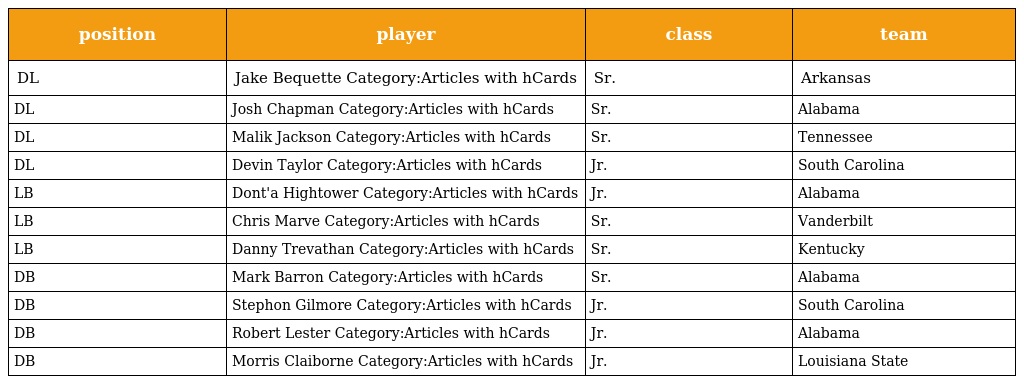
| position | player | class | team |
 | --- | --- | --- | --- |
 | DL | Jake Bequette Category:Articles with hCards | Sr. | Arkansas |
 | DL | Josh Chapman Category:Articles with hCards | Sr. | Alabama |
 | DL | Malik Jackson Category:Articles with hCards | Sr. | Tennessee |
 | DL | Devin Taylor Category:Articles with hCards | Jr. | South Carolina |
 | LB | Dont'a Hightower Category:Articles with hCards | Jr. | Alabama |
 | LB | Chris Marve Category:Articles with hCards | Sr. | Vanderbilt |
 | LB | Danny Trevathan Category:Articles with hCards | Sr. | Kentucky |
 | DB | Mark Barron Category:Articles with hCards | Sr. | Alabama |
 | DB | Stephon Gilmore Category:Articles with hCards | Jr. | South Carolina |
 | DB | Robert Lester Category:Articles with hCards | Jr. | Alabama |
 | DB | Morris Claiborne Category:Articles with hCards | Jr. | Louisiana State |